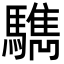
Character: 𩦩